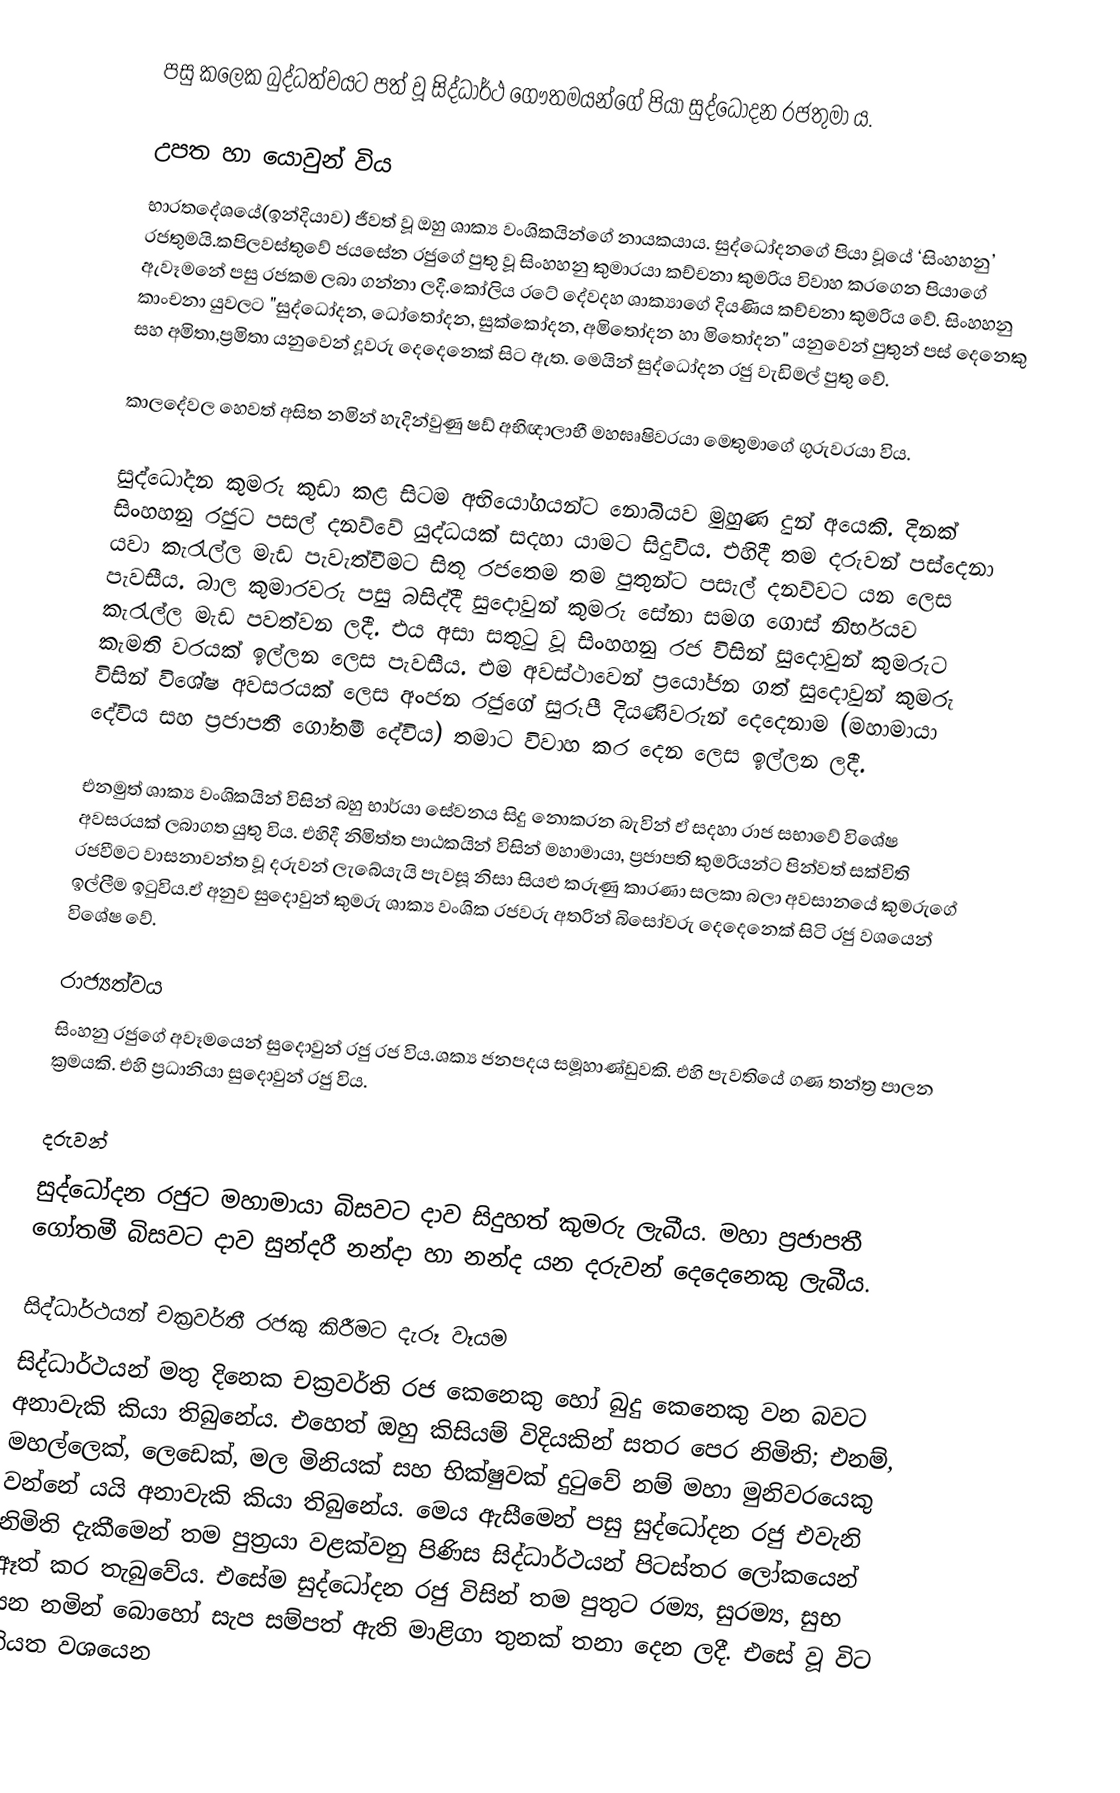
පසු කලෙක බුද්ධත්වයට පත් වූ සිද්ධාර්ථ ගෞතමයන්ගේ පියා සුද්ධෝදන රජතුමා ය.

උපත හා යොවුන් විය
භාරතදේශයේ(ඉන්දියාව) ජීවත් වූ ඔහු ශාක්‍ය වංශිකයින්ගේ නායකයාය. සුද්ධෝදනගේ පියා වූයේ ‘සිංහහනු’ රජතුමයි.කපිලවස්තුවේ ජයසේන රජුගේ පුතු වූ සිංහහනු කුමාරයා කච්චනා කුමරිය විවාහ කරගෙන පියාගේ ඇවෑමනේ පසු රජකම ලබා ගන්නා ලදී.කෝලිය රටේ දේවදහ ශාක්‍යාගේ දියණිය කච්චනා කුමරිය වේ. සිංහහනු කාංචනා යුවලට "සුද්ධෝදන, ධෝතෝදන, සුක්කෝදන, අමිතෝදන හා මිතෝදන" යනුවෙන් පුතුන් පස් දෙනෙකු සහ අමිතා,ප්‍රමිතා යනුවෙන් දූවරු දෙදෙනෙක් සිට ඇත. මෙයින් සුද්ධෝදන රජු වැඩිමල් පුතු වේ.

කාලදේවල හෙවත් අසිත නමින් හැදින්වුණු ෂඩ් අභිඥාලාභී මහඝෘෂිවරයා මෙතුමාගේ ගුරුවරයා විය.

සුද්ධෝදන කුමරු කුඩා කළ සිටම අභියෝගයන්ට නොබියව මුහුණ දුන් අයෙකි. දිනක් සිංහහනු රජුට පසල් දනව්වේ යුද්ධයක් සදහා යාමට සිදුවිය. එහිදී තම දරුවන් පස්දෙනා යවා කැරැල්ල මැඩ පැවැත්වීමට සිතූ රජතෙම තම පුතුන්ට පසැල් දනව්වට යන ලෙස පැවසීය. බාල කුමාරවරු පසු බසිද්දී සුදොවුන් කුමරු සේනා සමග ගොස් නිර්භයව කැරැල්ල මැඩ පවත්වන ලදී. එය අසා සතුටු වූ සිංහහනු රජ විසින් සුදොවුන් කුමරුට කැමති වරයක් ඉල්ලන ලෙස පැවසීය. එම අවස්ථාවෙන් ප්‍රයෝජන ගත් සුදොවුන් කුමරු විසින් විශේෂ අවසරයක් ලෙස අංජන රජුගේ සුරූපී දියණිවරුන් දෙදෙනාම (මහාමායා දේවිය සහ ප්‍රජාපතී ගෝතමී දේවිය) තමාට විවාහ කර දෙන ලෙස ඉල්ලන ලදී.

එනමුත් ශාක්‍ය වංශිකයින් විසින් බහු භාර්යා සේවනය සිදු නොකරන බැවින් ඒ සදහා රාජ සභාවේ විශේෂ අවසරයක් ලබාගත යුතු විය.  එහිදී නිමිත්ත පාඨකයින් විසින් මහාමායා, ප්‍රජාපති කුමරියන්ට පින්වත් සක්විති රජවීමට වාසනාවන්ත වූ දරුවන් ලැබේයැයි පැවසූ නිසා සියළු කරුණු කාරණා සලකා බලා අවසානයේ කුමරුගේ ඉල්ලීම ඉටුවිය.ඒ අනුව සුදොවුන් කුමරු ශාක්‍ය වංශික රජවරු අතරින් බිසෝවරු දෙදෙනෙක් සිටි රජු වශයෙන් විශේෂ වේ.

රාජ්‍යත්වය
සිංහනු රජුගේ අවෑමයෙන් සුදොවුන් රජු රජ විය.ශක්‍ය ජනපදය සමූහාණ්ඩුවකි. එහි පැවතියේ ගණ තන්ත්‍ර පාලන ක්‍රමයකි. එහි ප්‍රධානියා සුදොවුන් රජු විය.

දරුවන්
සුද්ධෝදන රජුට මහාමායා බිසවට දාව සිදුහත් කුමරු ලැබීය. මහා ප්‍රජාපතී ගෝතමී බිසවට දාව සුන්දරී නන්දා හා නන්ද යන දරුවන් දෙදෙනෙකු ලැබීය.

සිද්ධාර්ථයන් චක්‍රවර්තී රජකු කිරීමට දැරූ වෑයම
සිද්ධාර්ථයන් මතු දිනෙක චක්‍රවර්ති රජ කෙනෙකු හෝ බුදු කෙනෙකු වන බවට අනාවැකි කියා තිබුනේය. එහෙත් ඔහු කිසියම් විදියකින් සතර පෙර නිමිති; එනම්, මහල්ලෙක්, ලෙඩෙක්, මල මිනියක් සහ භික්ෂුවක් දුටුවේ නම් මහා මුනිවරයෙකු වන්නේ යයි අනාවැකි කියා තිබුනේය. මෙය ඇසීමෙන් පසු සුද්ධෝදන රජු එවැනි නිමිති දැකීමෙන් තම පුත්‍රයා වළක්වනු පිණිස සිද්ධාර්ථයන් පිටස්තර ලෝකයෙන් ඈත් කර තැබුවේය. එසේම සුද්ධෝදන රජු විසින් තම පුතුට රම්‍ය, සුරම්‍ය, සුභ යන නමින් බොහෝ සැප සම්පත් ඇති මාළිගා තුනක් තනා දෙන ලදී. එසේ වූ විට නියත වශයෙන